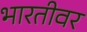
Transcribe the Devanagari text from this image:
भारतीवर